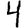
Digit: 4